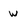
Character: w